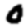
Digit: 0